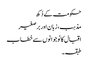
حکومت کے دُکھ
مذہب، زبان اور برصغیر
اقبال کا نوجوانوں سے خطاب
طبقہ۔